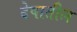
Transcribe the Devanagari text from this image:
देषातील